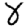
Digit: 8